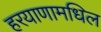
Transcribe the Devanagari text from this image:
हरयाणामधिल